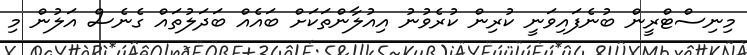
މިނިސްޓްރީން ބުނެފައިވަނީ ކުރިން ކުރެވުނު އިއުލާންތަކަށް ބައެއް ބަދަލުތައް ގެނެސް އަލުން މި